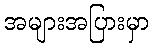
အများအပြားမှာ